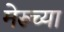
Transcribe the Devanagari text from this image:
मेरूच्या